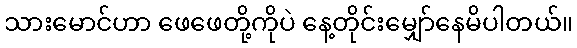
သားမောင်ဟာ ဖေဖေတို့ကိုပဲ နေ့တိုင်းမျှော်နေမိပါတယ်။